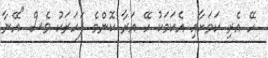
ހޭ އެރި ކަމަށާއި އެކަމަކު ހޭ އަރާ ކޮންމެ ފަހަރަކު ވެސް "އޭނާ